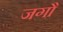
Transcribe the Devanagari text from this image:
जगौ